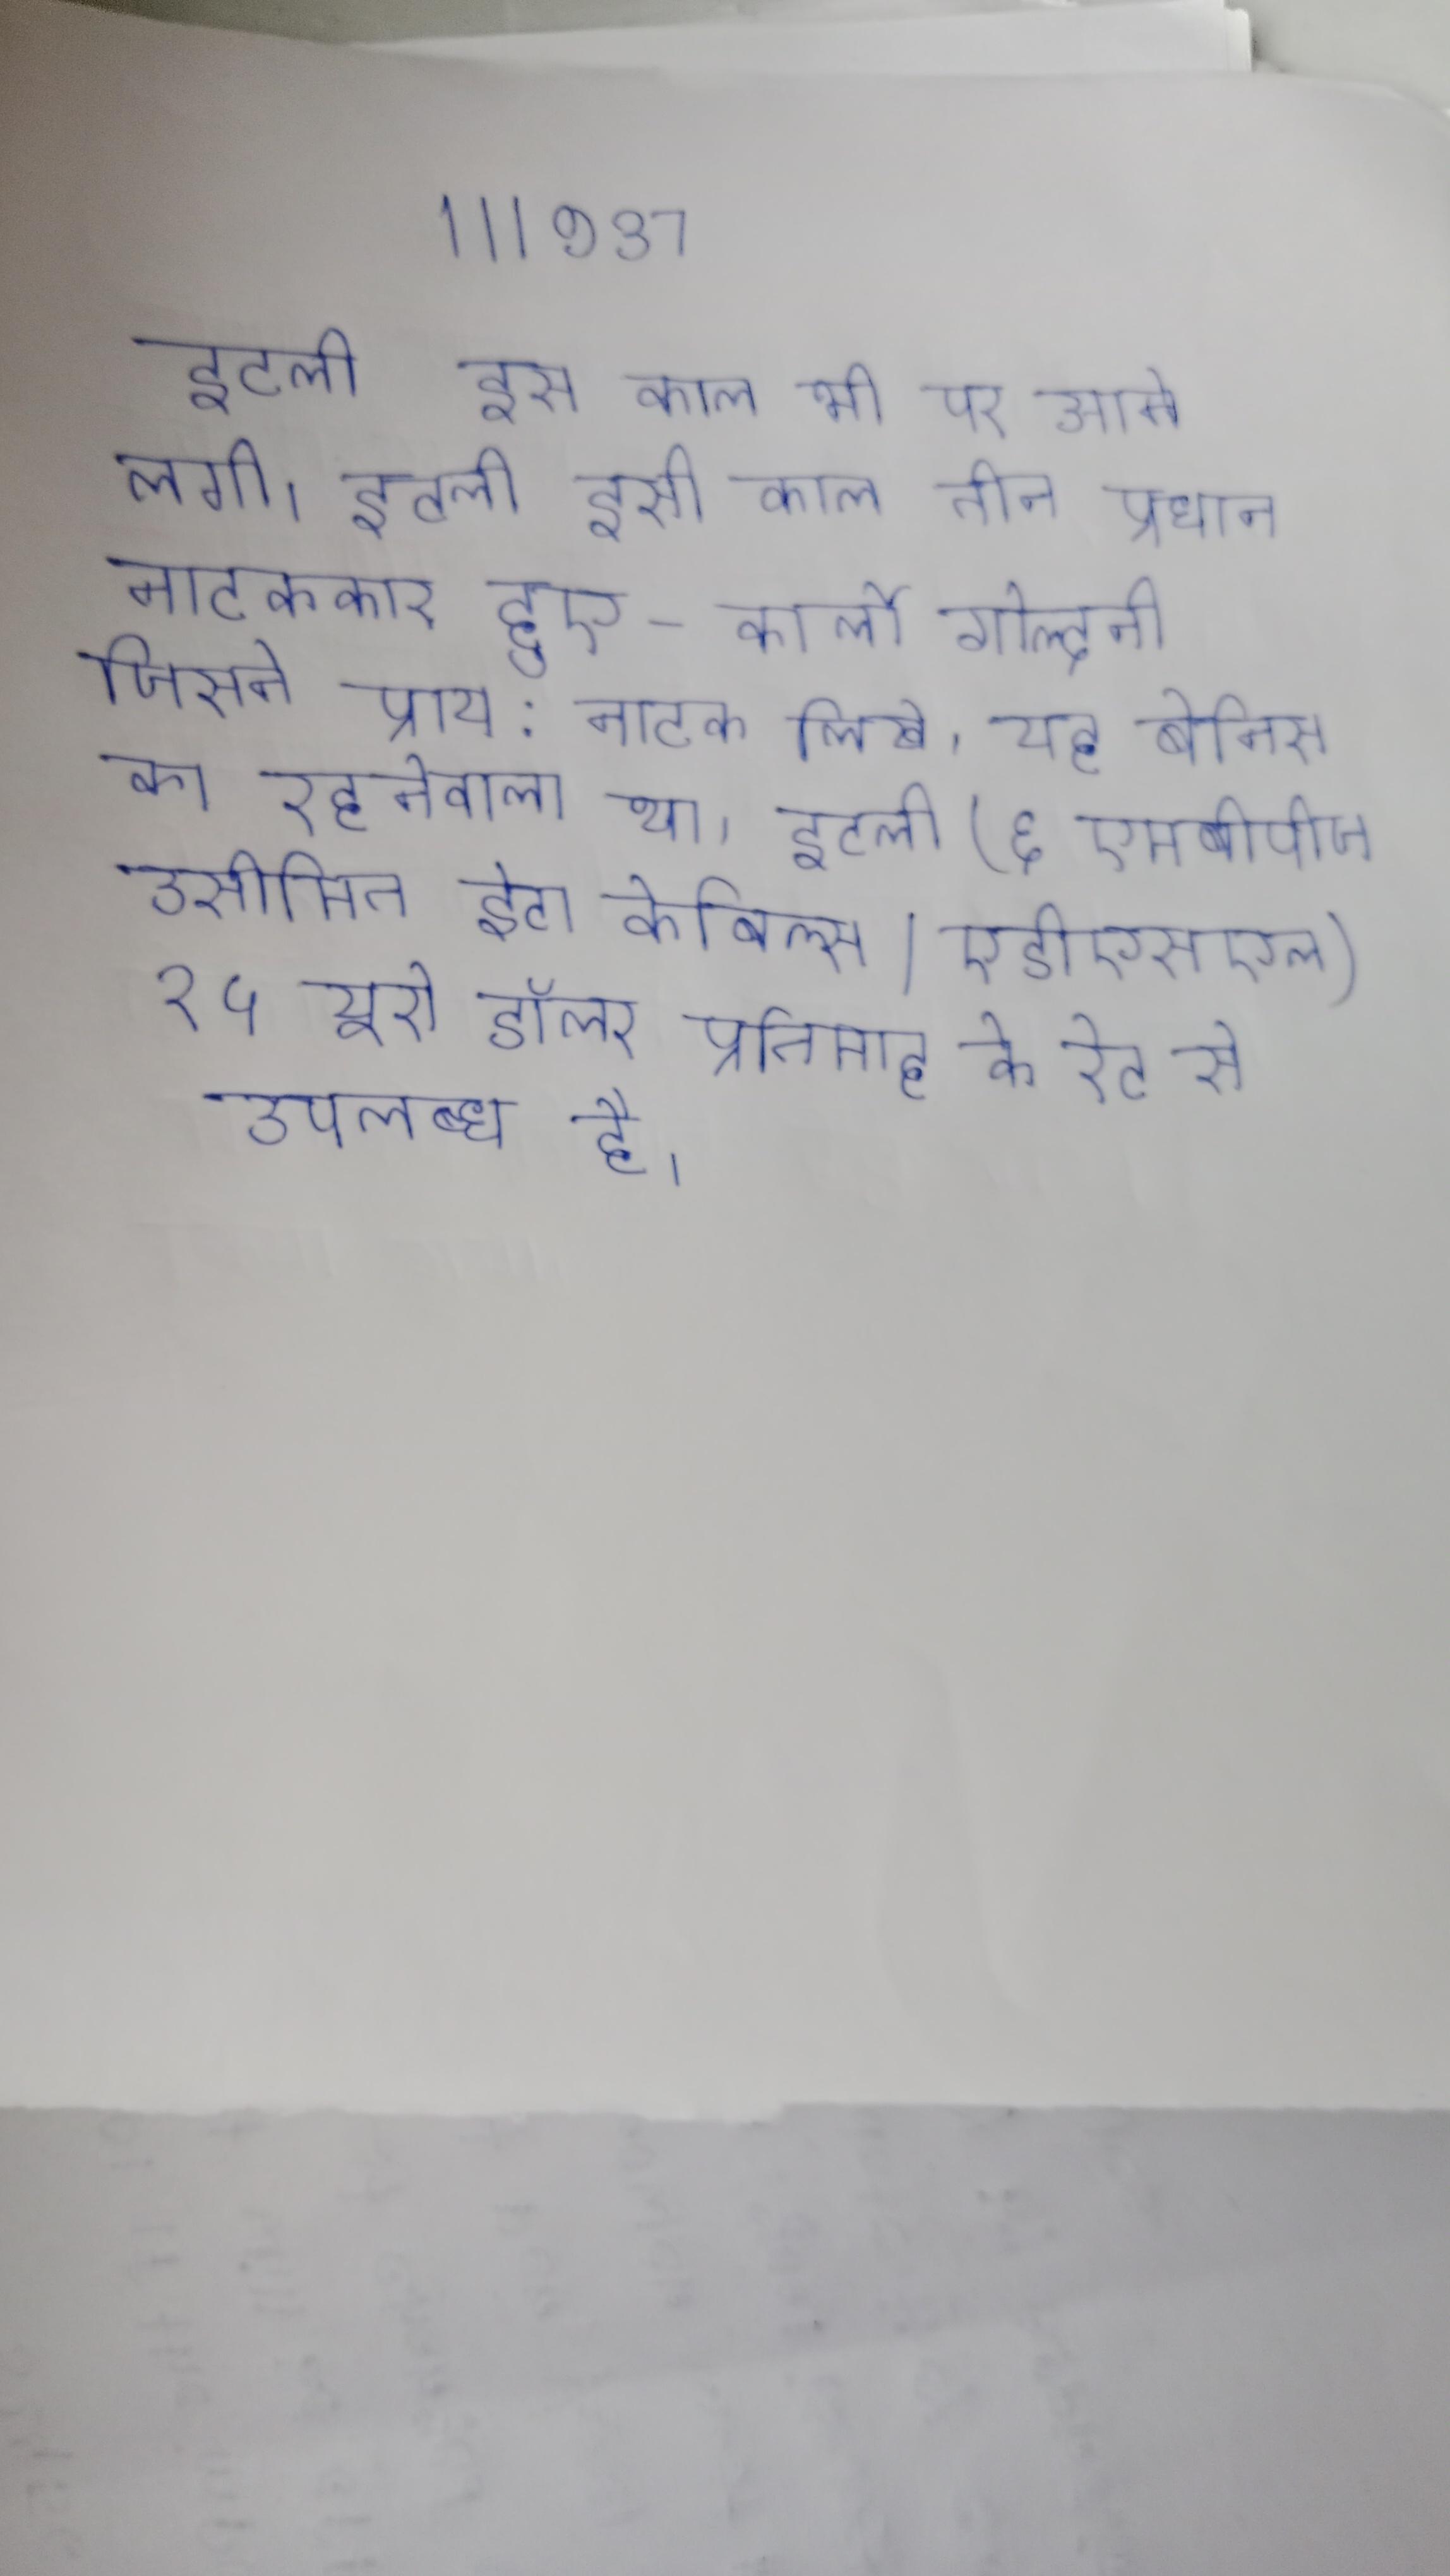
इटली इस काल भी पर आने लगी । इटली इसी काल तीन प्रधान नाटककार हुए- कार्लो गोल्दनी जिसने प्राय: नाटक लिखे, यह बेनिस का रहनेवाला था । इटली (६ एमबीपीज, असीमित डेटा केबिल्स/एडीएसएल) २५ यूरो डॉलर प्रतिमाह के रेट से उपलब्ध है ।